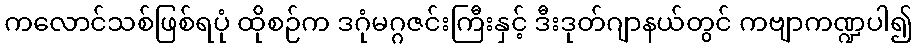
ကလောင်သစ်ဖြစ်ရပုံ ထိုစဉ်က ဒဂုံမဂ္ဂဇင်းကြီးနှင့် ဒီးဒုတ်ဂျာနယ်တွင် ကဗျာကဏ္ဍပါ၍